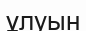
ұлуын